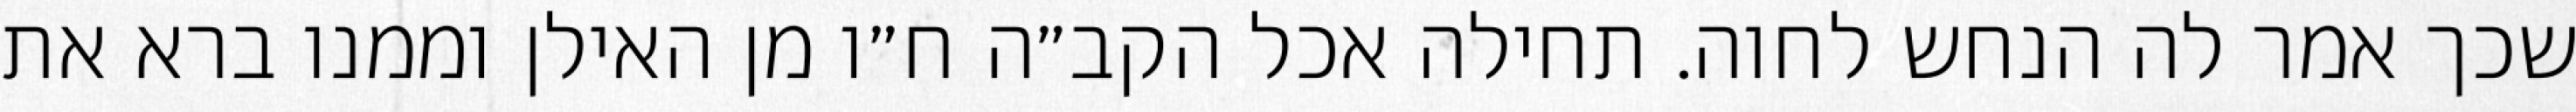
שכך אמר לה הנחש לחוה. תחילה אכל הקב״ה ח״ו מן האילן וממנו ברא את